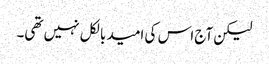
لیکن آج اس کی امید بالکل نہیں تھی۔